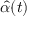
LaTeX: { \hat { \alpha } } ( t )